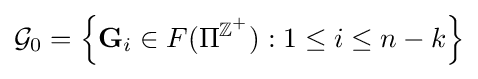
{\mathcal {G}}_{0}=\left\{\mathbf {G} _{i}\in F(\Pi ^{\mathbb {Z} ^{+}}):1\leq i\leq n-k\right\}